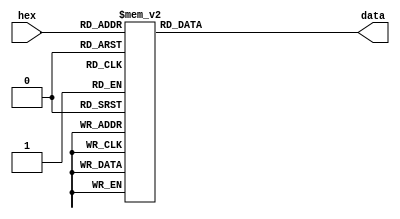
`timescale 1ns / 1ps
//////////////////////////////////////////////////////////////////////////////////
// Company: 
// Engineer: 
// 
// Design Name: 
// Module Name: decoder
// Project Name: 
// Target Devices: 
// Tool Versions: 
// Description: 
// 
// Dependencies: 
// 
// Revision:
// Revision 0.01 - File Created
// Additional Comments:
// 
//////////////////////////////////////////////////////////////////////////////////


module decoder(
    input [3:0] hex,
    output reg [7:0] data
    );

	always @(*)
	 begin
	   case(hex)
			4'h0: data = 8'b0000_0011;
			4'h1: data = 8'b1001_1111;
			4'h2: data = 8'b0010_0101;
			4'h3: data = 8'b0000_1101;
			4'h4: data = 8'b1001_1001;
			4'h5: data = 8'b0100_1001;
			4'h6: data = 8'b0100_0001;
			4'h7: data = 8'b0001_1111;
			4'h8: data = 8'b0000_0001;
			4'h9: data = 8'b0000_1001;
			4'hA: data = 8'b0001_0001;
			4'hB: data = 8'b1100_0001;
			4'hC: data = 8'b0110_0011;
			4'hD: data = 8'b1000_0101;
			4'hE: data = 8'b0110_0001;
			4'hF: data = 8'b0111_0001;
			default: data = 8'b1111_1111;
		endcase
	end	

endmodule